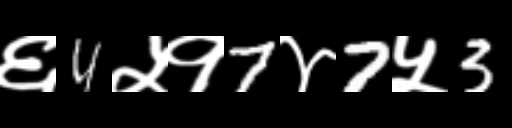
Text: ६4५१7४7५3